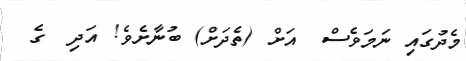
މެދުގައި ނަމަވެސް  އަށް (ތެދަށް) ބުނާށެވެ! އަދި  ގެ